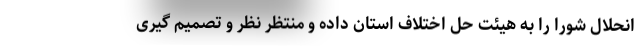
انحلال شورا را به هیئت حل اختلاف استان داده و منتظر نظر و تصمیم گیری